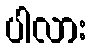
ပါလား